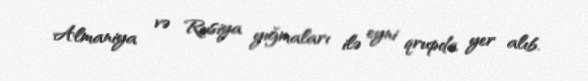
Almaniya və Rusiya yığmaları ilə eyni qrupda yer alıb.